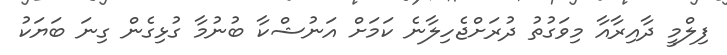
ފިލްމީ ދާއިރާއާ މިވަގުތު ދުރަށްޖެހިލާނެ ކަމަށް އަނުޝްކާ ބުނުމާ ގުޅިގެން ގިނަ ބަޔަކު